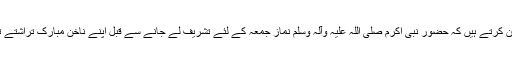
''حضرت ابو ہریرہ رضی اللہ عنہ بیان کرتے ہیں کہ حضور نبی اکرم صلی اللہ علیہ وآلہ وسلم نمازِ جمعہ کے لئے تشریف لے جانے سے قبل اپنے ناخن مبارک تراشتے تھے اور اپنی مونچھیں کٹواتے تھے۔